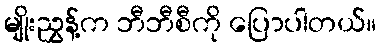
မျိုးညွှန့်က ဘီဘီစီကို ပြောပါတယ်။